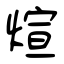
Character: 煊